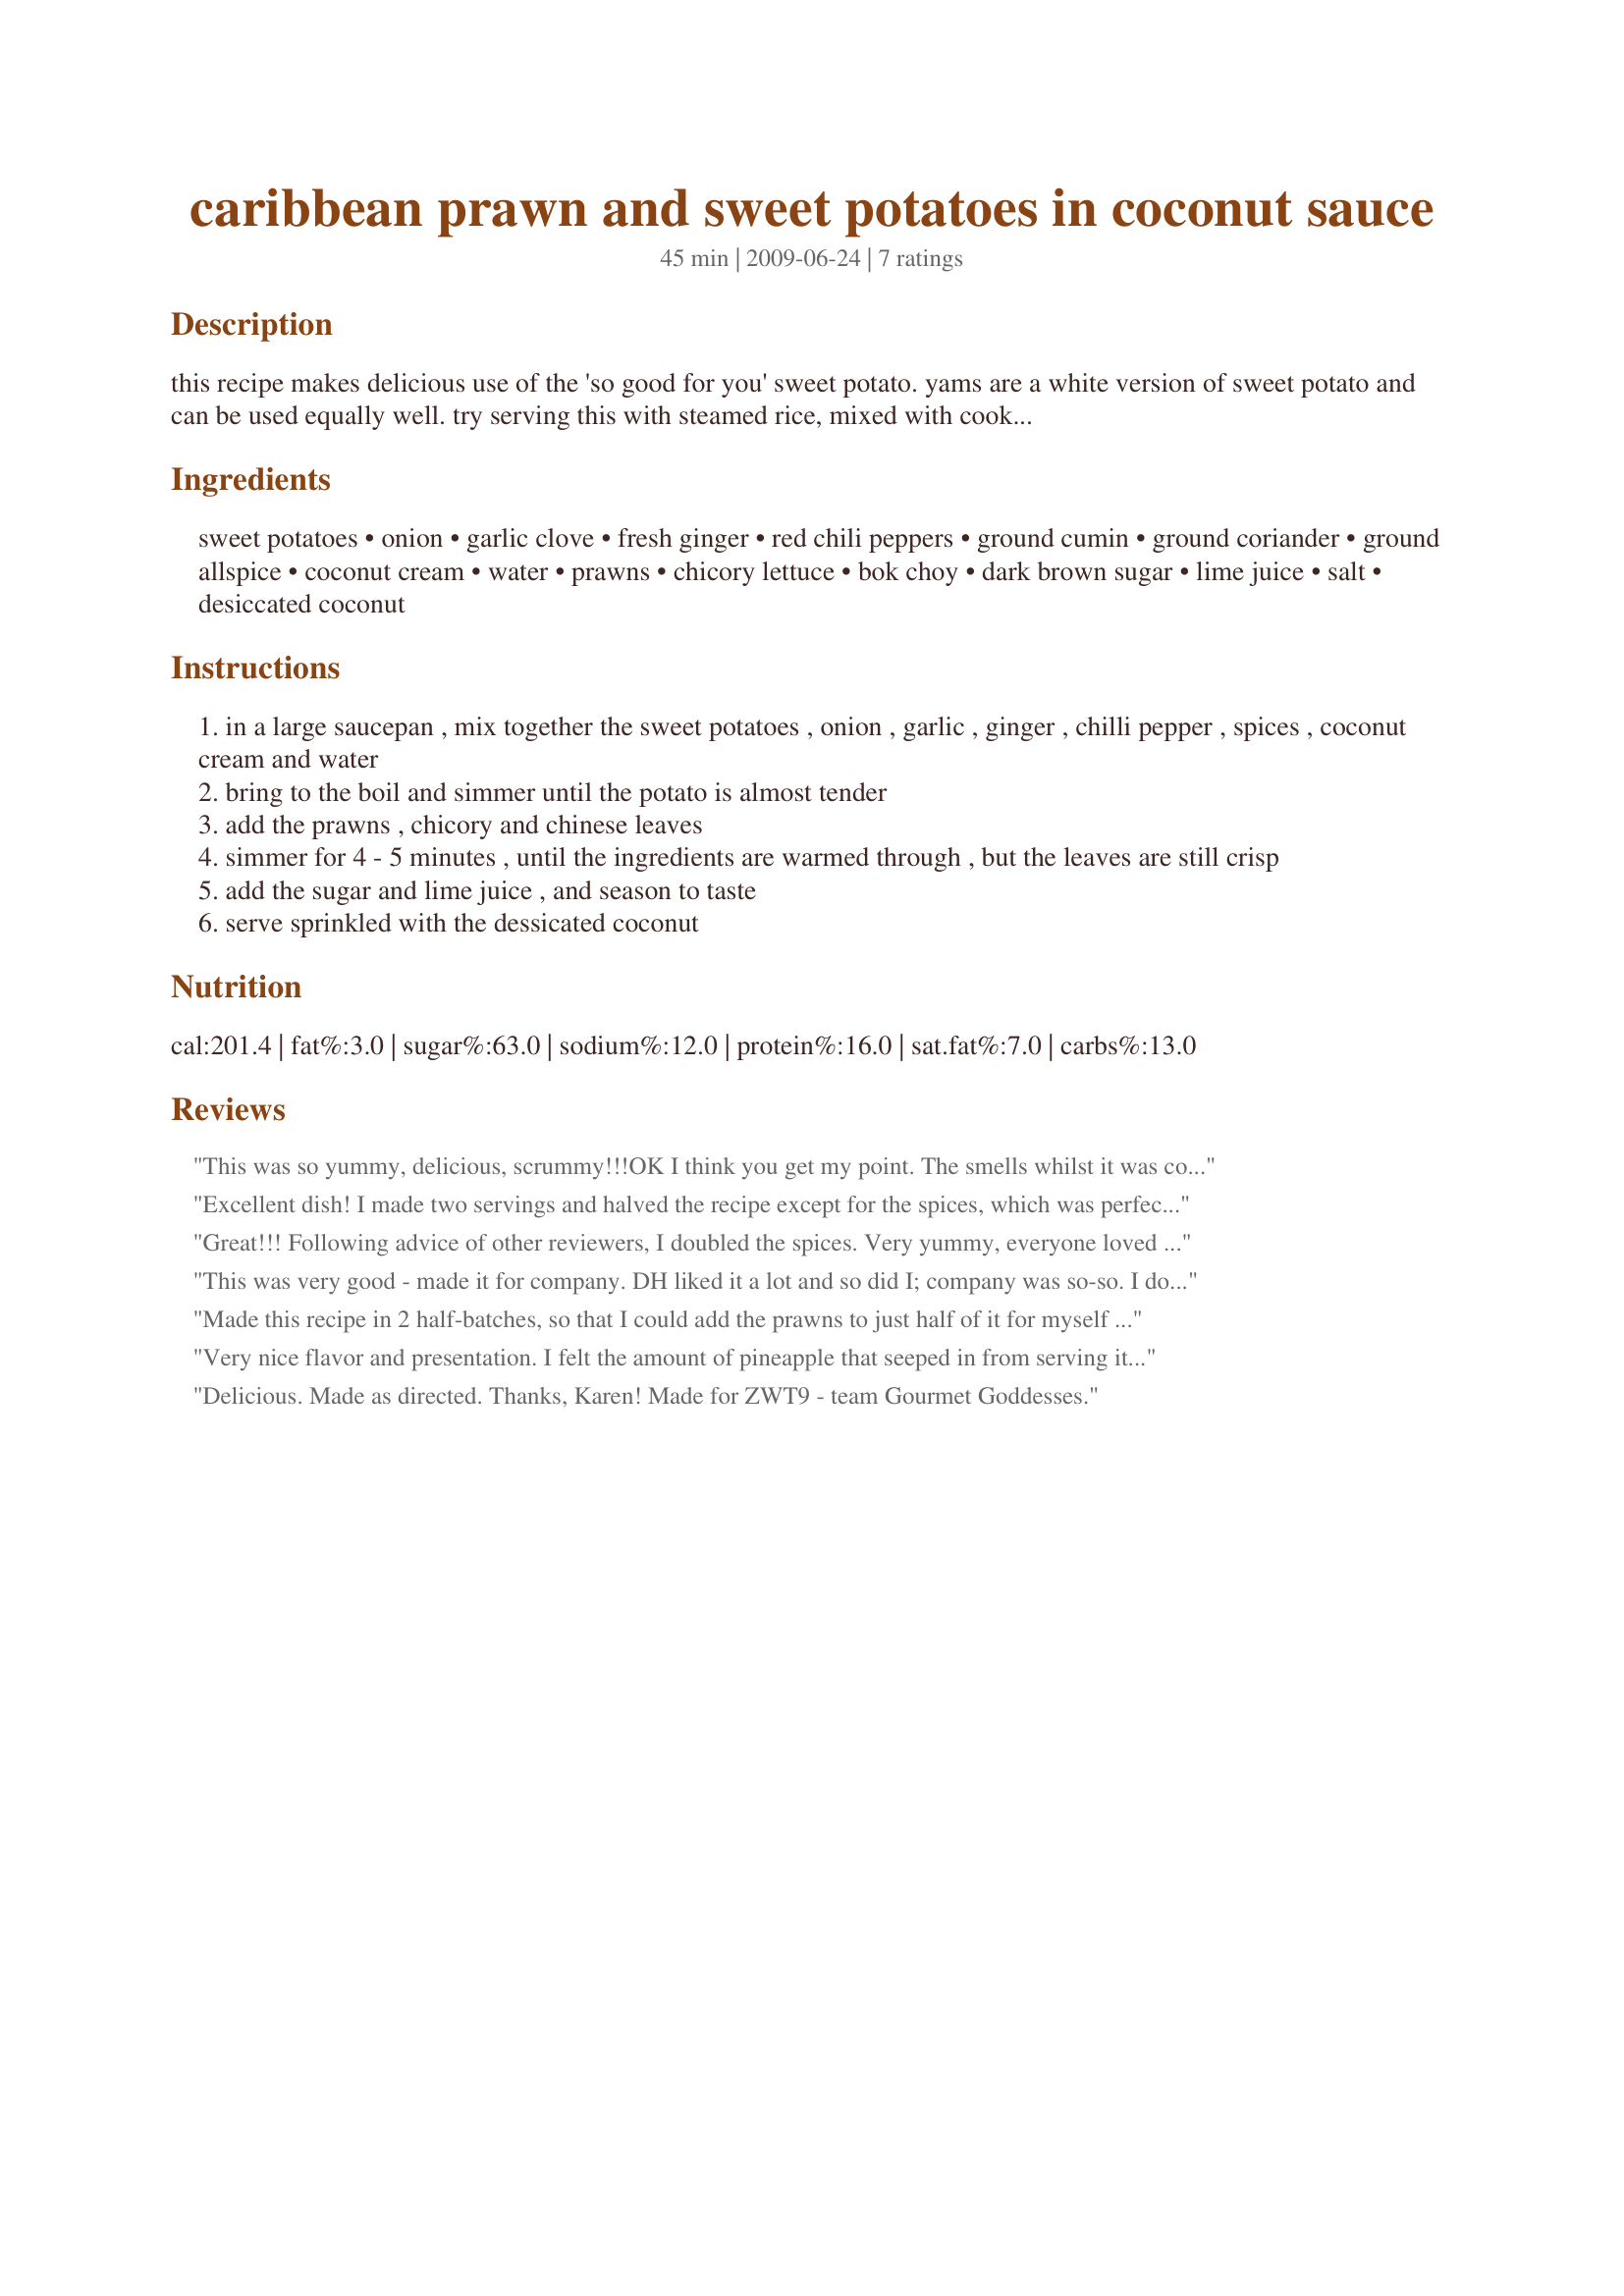
caribbean prawn and sweet potatoes in coconut sauce
Preparation time: 45 minutes

this recipe makes delicious use of the 'so good for you' sweet potato. yams are a white version of sweet potato and can be used equally well. try serving this with steamed rice, mixed with cooked peas ad sweetcorn.

taken from "hot and spicy cooking": colour library

Ingredients:
sweet potatoes, onion, garlic clove, fresh ginger, red chili peppers, ground cumin, ground coriander, ground allspice, coconut cream, water, prawns, chicory lettuce, bok choy, dark brown sugar, lime juice, salt, desiccated coconut

Steps:
in a large saucepan , mix together the sweet potatoes , onion , garlic , ginger , chilli pepper , spices , coconut cream and water
bring to the boil and simmer until the potato is almost tender
add the prawns , chicory and chinese leaves
simmer for 4 - 5 minutes , until the ingredients are warmed through , but the leaves are still crisp
add the sugar and lime juice , and season to taste
serve sprinkled with the dessicated coconut

Reviews:
This was so yummy, delicious, scrummy!!!OK I think you get my point. The smells whilst it was cooking were heavenly and I had the family keep coming out to the kitchen to see what was cooking. I made with all the ingredients listed I just changed some of the amounts, like adding more garlic, upping both the cumin and coriander. I also added some seeds from the chili as I love a little heat to a dish. I buy coconut cream in a 200ml carton and it is not very strong on flavour so added this instead of just the 2 tablespoons listed, I thought it would be quite watery otherwise and then topped the liquid up with 370ml of water. We all really loved the flavours in the dish and the hubby kept saying how it reminded him of the Caribbean. A definite keeper Karen, tastes divine and smells so wonderful..
Excellent dish! I made two servings and halved the recipe except for the spices, which was perfect for our taste. I think it might have been a bit bland had I halved the spices, too. But this way, it was delicious and right up our alley :) Thanks for posting!&lt;br/&gt;Made for ZWT 9 / Caribbean for The Apron String Travelers
Great!!! Following advice of other reviewers, I doubled the spices. Very yummy, everyone loved it! I will definitely be making this again. Thanks for posting! Made for ZWT9 - for the Gourmet Goddesses.
This was very good - made it for company. DH liked it a lot and so did I; company was so-so. I do think I&#039;ll add more seasoning next time, it was a little on the bland side. Loved the crunch of the cabbage and the coconut. I used more shrimp than called for b/c 120 grams didn&#039;t seem like enough for 4 people. Made for ZWT9 Soup a Stars
Made this recipe in 2 half-batches, so that I could add the prawns to just half of it for myself & my other half & without the prawns for my veggie son & DIL! Took a little doing to make it just right, but it worked & everyone was extremely pleased with what they were served! I did use the dark orange sweet potatoes & as with other dishes like this I did serve it with a brown rice-&-peas combo! A lot of flavors came together here, but I really liked these potatoes with the hint of coconut! Thanks for sharing a very nice recipe! [Tagged, made & reviewed in Please Review My Recipe]
Very nice flavor and presentation. I felt the amount of pineapple that seeped in from serving it as shown was sufficient, but MDW added some of the chopped pineapple and liked it even more. Only deviation from the recipe was that I tossed in a couple of whole jalapenos with slits in them, and it heated it up just right.
Delicious. Made as directed. Thanks, Karen! Made for ZWT9 - team Gourmet Goddesses.
